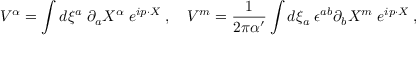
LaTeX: V ^ { \alpha } = \int d \xi ^ { a } \; \partial _ { a } X ^ { \alpha } \; e ^ { i p \cdot X } \; , \ \ \ V ^ { m } = { \frac { 1 } { 2 \pi \alpha ^ { \prime } } } \int d \xi _ { a } \; \epsilon ^ { a b } \partial _ { b } X ^ { m } \; e ^ { i p \cdot X } \; ,